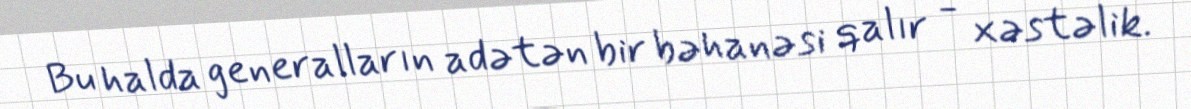
Bu halda generalların adətən bir bəhanəsi qalır - xəstəlik.